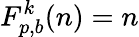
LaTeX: F_{p,b}^{k}(n)=n